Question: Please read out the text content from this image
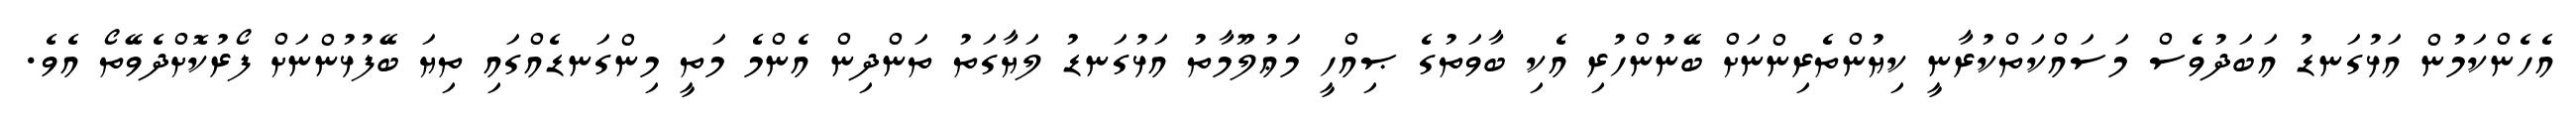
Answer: އެހެންކަމުން އަޅުގަނޑު އަބަދުވެސް މަސައްކަތްކުރާނީ ކިޔުންތެރިންނަށް ބޭނުންހުރި އެކި ބާވަތުގެ ޞިއްހީ މަޢުލޫމާތު އަޅުގަނޑު ލަޔާގަތު ތަންދިން އެންމެ މަތީ މިންގަނޑެއްގައި ތިޔަ ބޭފުޅުންނަށް ފޯރުކޮށްދެވޭތޯ އެވެ.